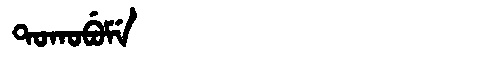
Manchu: ᡨᠣᡴᠣᠪᡠᠮᡝ
Romanization: TOKOBUME